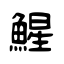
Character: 鯹